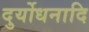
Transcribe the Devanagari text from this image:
दुर्योधनादि